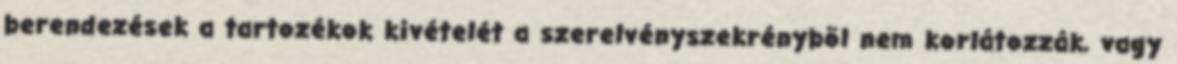
berendezések a tartozékok kivételét a szerelvényszekrénybõl nem korlátozzák, vagy